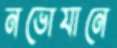
নভোযানে